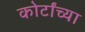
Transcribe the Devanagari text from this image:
कोर्टांच्या